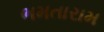
ભમતારામ